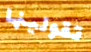
تقولينها